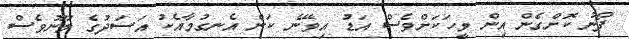
ފޯނު ކޮށްގެން އިން މީހަކަށްވެސް އަޑު އިވޭނެ ކަން އެނގުމާއެކު އަސަދުގެ މޫނުވެސް